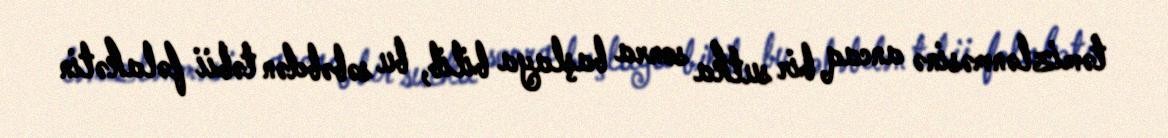
təmizlənməsinə ancaq bir sutka sonra başlaya bilib, bu səbəbdən təbii fəlakətin